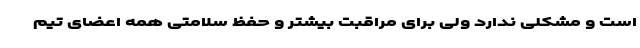
است و مشکلی ندارد ولی برای مراقبت بیشتر و حفظ سلامتی همه اعضای تیم